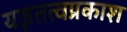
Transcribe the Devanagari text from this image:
यज्ञतत्वप्रकाश